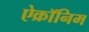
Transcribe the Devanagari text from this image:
ऐक्रॉनिम